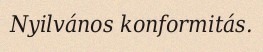
Nyilvános konformitás.